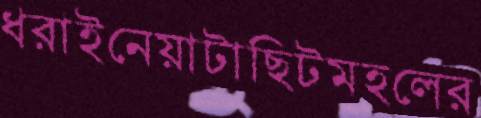
ধরাইনেয়াটাছিটমহলের